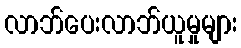
လာဘ်ပေးလာဘ်ယူမှုများ